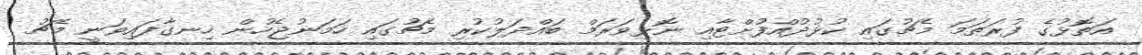
އަތޮޅުގެ ފުރަތަމަ މެޗުގައި ކުޅުދުއްފުށްޓާއި ނޮޅިވަރަމް ބައްދަލުކުރި މެޗުގައި ހަމަނުޖެހުން ހިނގާފައިވަނީ މެޗު